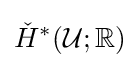
{\check {H}}^{*}({\mathcal {U}};\mathbb {R} )